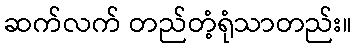
ဆက်လက် တည်တံ့ရုံသာတည်း။